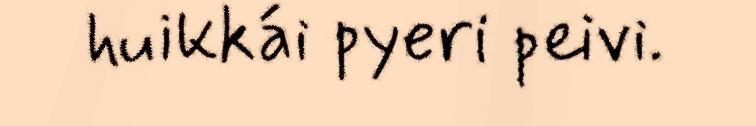
huikkái pyeri peivi.